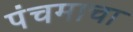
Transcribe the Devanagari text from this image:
पंचमाचा